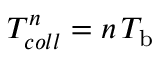
T _ { c o l l } ^ { n } = n \, T _ { \mathrm { b } }